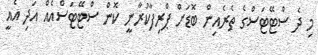
މި ދެ ސްޓޭޓަސްގެ ތެރެއިން ބޮޑަށް ޕްރިފާކުރާނީ ކޮން ސްޓޭޓަސްއެއް އަދި އެއީ